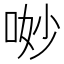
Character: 𠴕